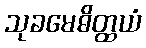
သုခမေဓိတ္ထယံ